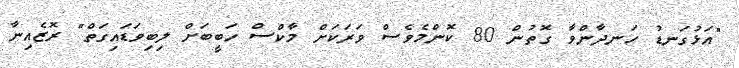
"އަޅުގަނޑު ހަނދާންވާ ގޮތުން 80 ކޮންމެވެސް ވަރަކަށް މާކްސް ހަބީބަށް ލިބިވަޑައިގަތް" ރޮޒެއިނާ